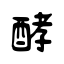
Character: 酵